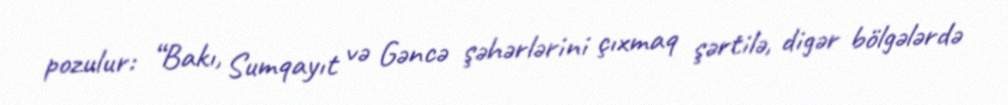
pozulur: “Bakı, Sumqayıt və Gəncə şəhərlərini çıxmaq şərtilə, digər bölgələrdə